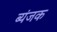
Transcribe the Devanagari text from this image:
ब्यंजक